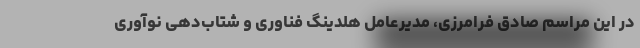
در این مراسم صادق فرامرزی، مدیرعامل هلدینگ فناوری و شتاب‌دهی نوآوری